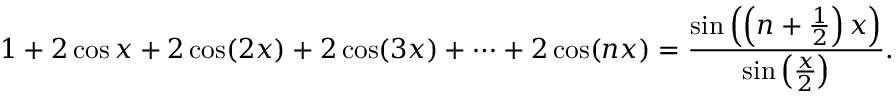
1 + 2 \cos x + 2 \cos ( 2 x ) + 2 \cos ( 3 x ) + \cdots + 2 \cos ( n x ) = { \frac { \sin \left( \left( n + { \frac { 1 } { 2 } } \right) x \right) } { \sin \left( { \frac { x } { 2 } } \right) } } .